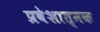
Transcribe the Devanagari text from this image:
प्रवेशात्मक